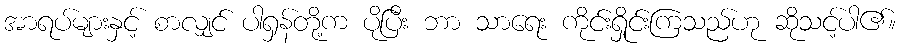
အာရပ်များနှင့် စာလျှင် ပါရှန်တို့က ပိုပြီး ဘာ သာရေး ကိုင်းရှိုင်းကြသည်ဟု ဆိုသင့်ပါ၏။